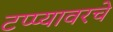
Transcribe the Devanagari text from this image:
टप्प्यावरचे